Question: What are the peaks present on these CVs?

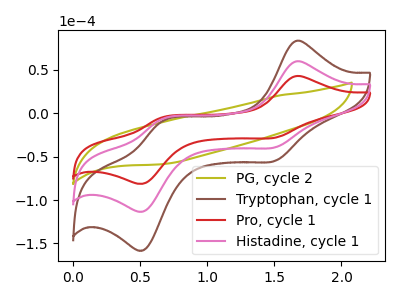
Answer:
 <answer>The olive curve "PG, cycle 2" has no peaks. The brown curve "Tryptophan, cycle 1" has anodic peaks at (1.65V, 119.30uA) (0.65V, -13.50uA) and cathodic peaks at (1.50V, -78.55uA) (0.55V, -225.85uA). The red curve "Pro, cycle 1" has anodic peaks at (1.65V, 42.75uA) (0.65V, -4.85uA) and cathodic peaks at (1.50V, -28.15uA) (0.55V, -80.95uA). The pink curve "Histadine, cycle 1" has anodic peaks at (1.65V, 59.65uA) (0.65V, -6.75uA) and cathodic peaks at (1.50V, -39.25uA) (0.55V, -112.95uA).</answer>
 <eval></eval>